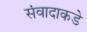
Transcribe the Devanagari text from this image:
संवादाकडे